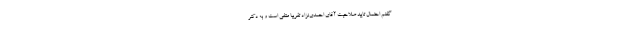
گفتم احتمال تایید صلاحیت آقای احمدی‌نژاد تقریبا منتفی است و به دکتر